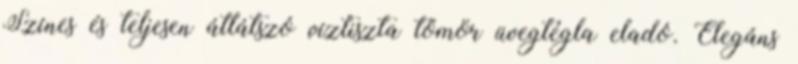
Színes és teljesen átlátszó víztiszta tömör üvegtégla eladó. Elegáns